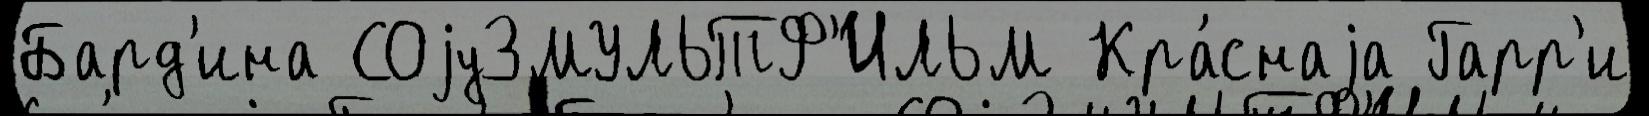
Бард'ина СОjуЗМУЛЬТФ'ИЛЬМ Кра́снаjа Гарр'и